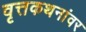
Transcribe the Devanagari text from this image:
वृत्तकथनांवर